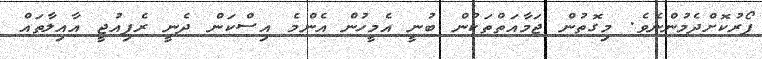
ފޯރުކޮށްދެމުންނެވެ. މިގޮތުން ޖަމާއަތްތަކުން ބުނީ އެމީހުން އެންމެ އިސްކަން ދެނީ ރެފިއުޖީ އާއިލާތައް